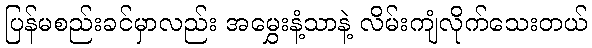
ပြန်မစည်းခင်မှာလည်း အမွှေးနံ့သာနဲ့ လိမ်းကျံလိုက်သေးတယ်